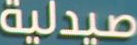
صيدلية